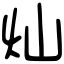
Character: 灿